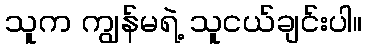
သူက ကျွန်မရဲ့ သူငယ်ချင်းပါ။